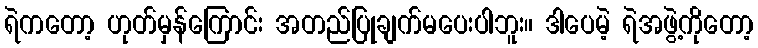
ရဲကတော့ ဟုတ်မှန်ကြောင်း အတည်ပြုချက်မပေးပါဘူး။ ဒါပေမဲ့ ရဲအဖွဲ့ကိုတော့